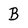
Character: B